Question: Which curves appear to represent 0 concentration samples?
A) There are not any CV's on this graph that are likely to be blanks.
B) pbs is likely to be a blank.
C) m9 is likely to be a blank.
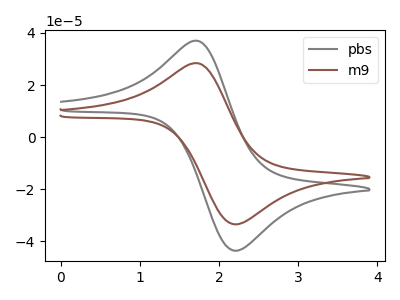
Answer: <think>The gray curve "pbs" has an anodic peak at (1.75V, 36.95uA) and a cathodic peak at (2.20V, -43.65uA). The brown curve "m9" has an anodic peak at (1.75V, 28.40uA) and a cathodic peak at (2.20V, -33.55uA).</think>
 <answer>A) There are not any CV's on this graph that are likely to be blanks.</answer>
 <eval>A</eval>